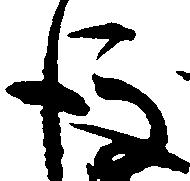
後